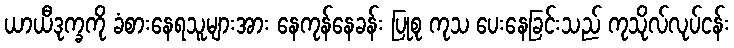
ယာယီဒုက္ခကို ခံစားနေရသူများအား နေကုန်နေခန်း ပြုစု ကုသ ပေးနေခြင်းသည် ကုသိုလ်လုပ်ငန်း